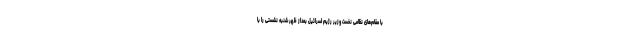
با مقام‌های نظامی نخست وزیر رژیم اسرائیل بعداز ظهر شنبه نشستی را با